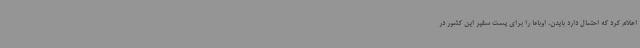
اعلام کرد که احتمال دارد بایدن، اوباما را برای پست سفیر این کشور در